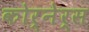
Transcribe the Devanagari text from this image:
कोर्नेर्स